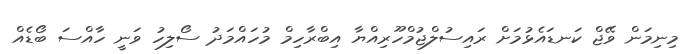
މިނިމަން ވޭޖް ކަނޑައެޅުމަށް ރައިސުލްޖުމްހޫރިއްޔާ އިބްރާހިމް މުހައްމަދު ސޯލިހު ވަނީ ހާއްސަ ބޯޑެއް